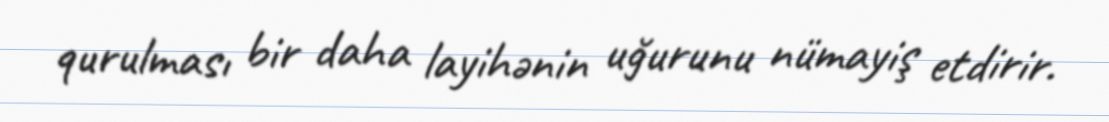
qurulması bir daha layihənin uğurunu nümayiş etdirir.